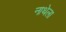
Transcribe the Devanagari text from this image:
नाथेला